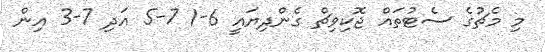
މި މެޗުގެ ސެޓުތައް ޖޮކިވިޗް ގެންދިޔައީ 6-1 7-5 އަދި 7-3 އިން